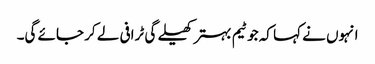
انہوں نے کہا کہ جو ٹیم بہتر کھیلے گی ٹرافی لے کر جائے گی۔